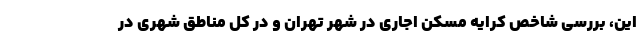
این، بررسی شاخص کرایه مسکن اجاری در شهر تهران و در کل مناطق شهری در